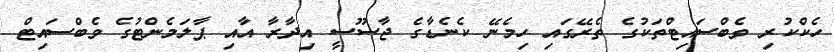
ހެކްކުރި ވެބްސައިޓްތަކުގެ ތެރޭގައި ހިމެނޭ ކެނެޑާގެ ޖާސޫސީ އިދާރާ އާއި ޕާލަމެންޓުގެ ވެބްސައިޓް